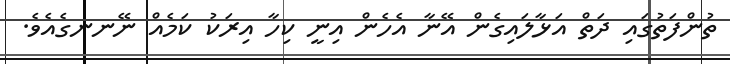
ތުންފަތުގައި ދަތް އަޅާލައިގެން އޭނާ އެހެން އިނީ ކިހާ އިރަކު ކަމެއް ނޭނނގެއެވެ.